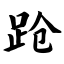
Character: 跄